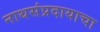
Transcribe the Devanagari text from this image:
नाथसंप्रदायाचा